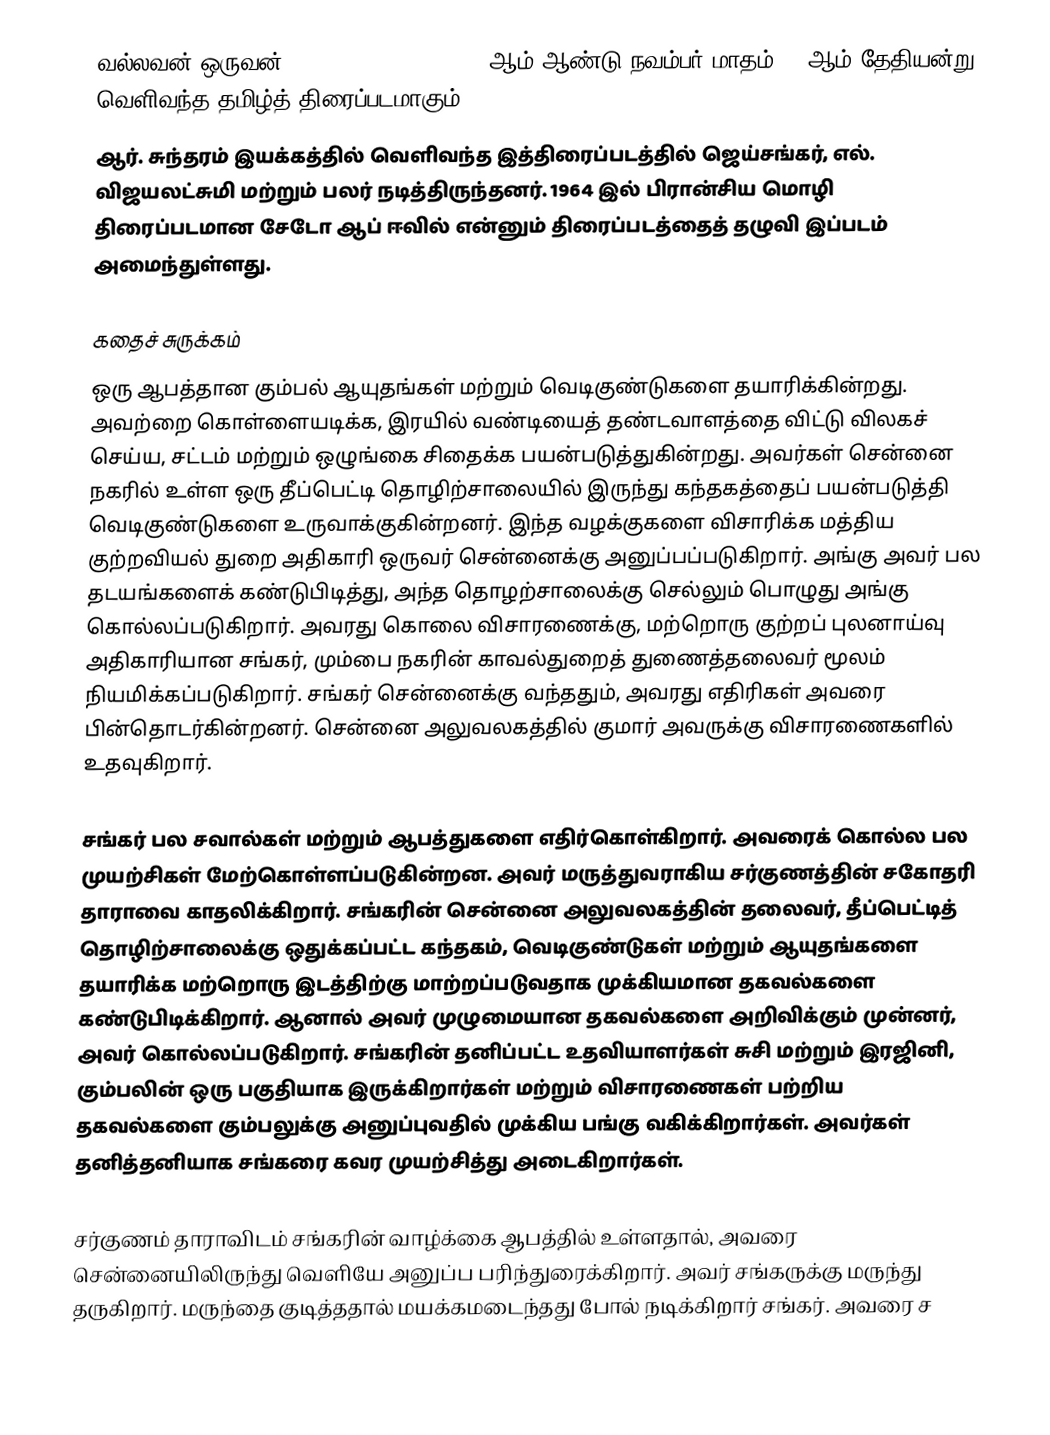
வல்லவன் ஒருவன் (Vallavan Oruvan) 1966 ஆம் ஆண்டு நவம்பர் மாதம் 11 ஆம் தேதியன்று வெளிவந்த தமிழ்த் திரைப்படமாகும்.
ஆர். சுந்தரம் இயக்கத்தில் வெளிவந்த இத்திரைப்படத்தில் ஜெய்சங்கர், எல். விஜயலட்சுமி மற்றும் பலர் நடித்திருந்தனர். 1964 இல் பிரான்சிய மொழி திரைப்படமான சேடோ ஆப் ஈவில் என்னும் திரைப்படத்தைத் தழுவி இப்படம் அமைந்துள்ளது.

கதைச் சுருக்கம்
ஒரு ஆபத்தான கும்பல் ஆயுதங்கள் மற்றும் வெடிகுண்டுகளை தயாரிக்கின்றது. அவற்றை கொள்ளையடிக்க, இரயில் வண்டியைத் தண்டவாளத்தை விட்டு விலகச் செய்ய, சட்டம் மற்றும் ஒழுங்கை சிதைக்க பயன்படுத்துகின்றது. அவர்கள் சென்னை நகரில் உள்ள ஒரு தீப்பெட்டி தொழிற்சாலையில் இருந்து கந்தகத்தைப் பயன்படுத்தி வெடிகுண்டுகளை உருவாக்குகின்றனர். இந்த வழக்குகளை விசாரிக்க மத்திய குற்றவியல் துறை அதிகாரி ஒருவர் சென்னைக்கு அனுப்பப்படுகிறார். அங்கு அவர் பல தடயங்களைக் கண்டுபிடித்து, அந்த தொழற்சாலைக்கு செல்லும் பொழுது அங்கு கொல்லப்படுகிறார். அவரது கொலை விசாரணைக்கு, மற்றொரு குற்றப் புலனாய்வு அதிகாரியான சங்கர், மும்பை நகரின் காவல்துறைத் துணைத்தலைவர் மூலம் நியமிக்கப்படுகிறார். சங்கர் சென்னைக்கு வந்ததும், அவரது எதிரிகள் அவரை பின்தொடர்கின்றனர். சென்னை அலுவலகத்தில் குமார் அவருக்கு விசாரணைகளில் உதவுகிறார்.

சங்கர் பல சவால்கள் மற்றும் ஆபத்துகளை எதிர்கொள்கிறார். அவரைக் கொல்ல பல முயற்சிகள் மேற்கொள்ளப்படுகின்றன. அவர் மருத்துவராகிய சர்குணத்தின் சகோதரி தாராவை காதலிக்கிறார். சங்கரின் சென்னை அலுவலகத்தின் தலைவர், தீப்பெட்டித் தொழிற்சாலைக்கு ஒதுக்கப்பட்ட கந்தகம், வெடிகுண்டுகள் மற்றும் ஆயுதங்களை தயாரிக்க மற்றொரு இடத்திற்கு மாற்றப்படுவதாக முக்கியமான தகவல்களை கண்டுபிடிக்கிறார். ஆனால் அவர் முழுமையான தகவல்களை அறிவிக்கும் முன்னர், அவர் கொல்லப்படுகிறார். சங்கரின் தனிப்பட்ட உதவியாளர்கள் சுசி மற்றும் இரஜினி, கும்பலின் ஒரு பகுதியாக இருக்கிறார்கள் மற்றும் விசாரணைகள் பற்றிய தகவல்களை கும்பலுக்கு அனுப்புவதில் முக்கிய பங்கு வகிக்கிறார்கள். அவர்கள் தனித்தனியாக சங்கரை கவர முயற்சித்து அடைகிறார்கள்.

சர்குணம் தாராவிடம் சங்கரின் வாழ்க்கை ஆபத்தில் உள்ளதால், அவரை சென்னையிலிருந்து வெளியே அனுப்ப பரிந்துரைக்கிறார். அவர் சங்கருக்கு மருந்து தருகிறார். மருந்தை குடித்ததால் மயக்கமடைந்தது போல் நடிக்கிறார் சங்கர். அவரை ச